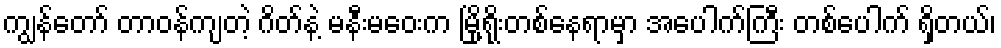
ကျွန်တော် တာဝန်ကျတဲ့ ဂိတ်နဲ့ မနီးမဝေးက မြို့ရိုးတစ်နေရာမှာ အပေါက်ကြီး တစ်ပေါက် ရှိတယ်၊